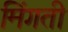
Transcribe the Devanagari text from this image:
मिंगती